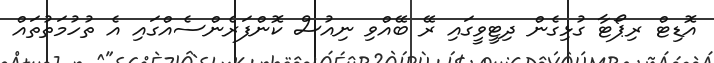
އޮޑިޓް ރިޕޯޓާ ގުޅިގެން ދިޓީވީގައި ރޭ ބޭއްވި ނިއުސް ކޮންފަރެންސެއްގައި އެ ތުހުމަތުތައް